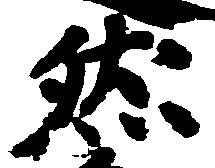
然